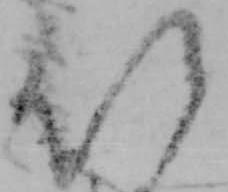
以